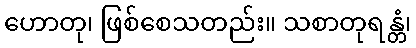
ဟောတု၊ ဖြစ်စေသတည်း။ သစာတုရန္တံ၊